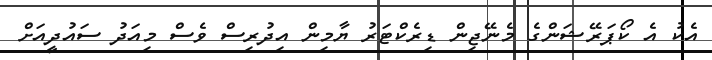
އެކު އެ ކޯޕަރޭޝަންގެ މެނޭޖިން ޑިރެކްޓަރު ޔާމިން އިދުރިސް ވެސް މިއަދު ސައުދީއަށް